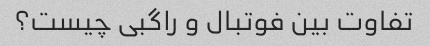
تفاوت بین فوتبال و راگبی چیست؟